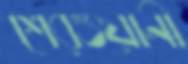
শেরওয়ানী